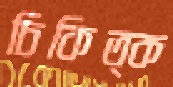
চিকিত্ক